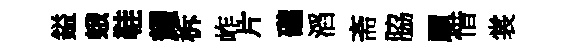
鎰蛾鞋耀柝岞片礲滔斋脇願惜裳